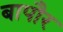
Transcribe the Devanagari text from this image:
बापौर